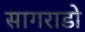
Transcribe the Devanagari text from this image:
सागराडो